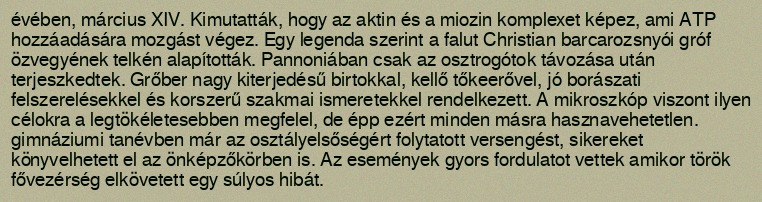
évében, március XIV. Kimutatták, hogy az aktin és a miozin komplexet képez, ami ATP hozzáadására mozgást végez. Egy legenda szerint a falut Christian barcarozsnyói gróf özvegyének telkén alapították. Pannoniában csak az osztrogótok távozása után terjeszkedtek. Grőber nagy kiterjedésű birtokkal, kellő tőkeerővel, jó borászati felszerelésekkel és korszerű szakmai ismeretekkel rendelkezett. A mikroszkóp viszont ilyen célokra a legtökéletesebben megfelel, de épp ezért minden másra hasznavehetetlen. gimnáziumi tanévben már az osztályelsőségért folytatott versengést, sikereket könyvelhetett el az önképzőkörben is. Az események gyors fordulatot vettek amikor török fővezérség elkövetett egy súlyos hibát.